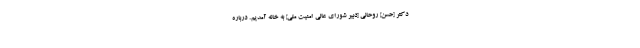
دكتر [حسن] روحانى [دبیر شورای عالی امنیت ملی] به خانه آمدیم. درباره